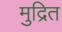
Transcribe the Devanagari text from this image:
मुद्रित